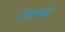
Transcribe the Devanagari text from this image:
विश्वसाक्षी